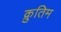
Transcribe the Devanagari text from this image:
क्रुतिम